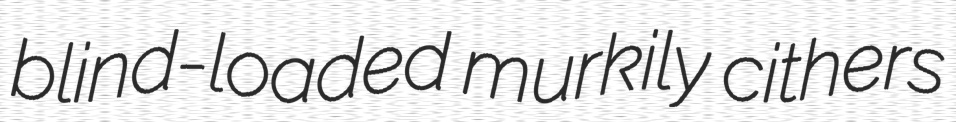
blind-loaded murkily cithers